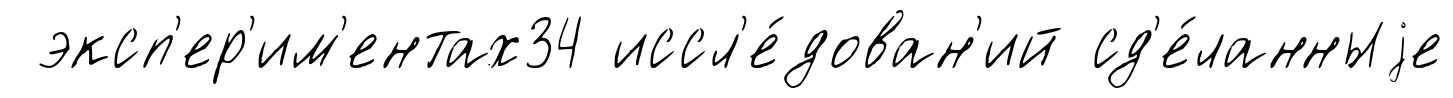
эксп'ер'им'ентах34 иссл'е́дован'ий сд'е́ланныjе